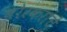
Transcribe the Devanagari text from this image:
बोरकरांचे